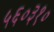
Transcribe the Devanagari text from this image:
५६०३१०